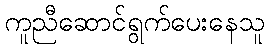
ကူညီဆောင်ရွက်ပေးနေသူ